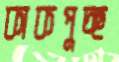
কাকপুচ্ছ